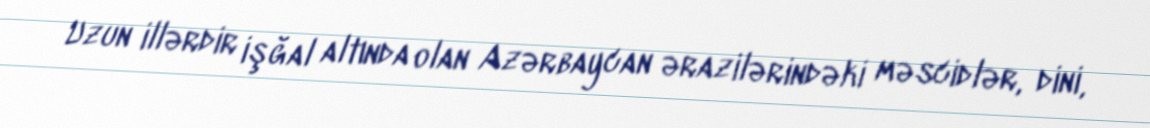
Uzun illərdir işğal altında olan Azərbaycan ərazilərindəki məscidlər, dini,